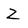
Character: z